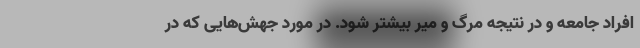
افراد جامعه و در نتیجه مرگ و میر بیشتر شود. در مورد جهش‌هایی که در